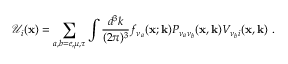
{ \mathcal { U } } _ { i } ( { \mathbf { x } } ) = \sum _ { a , b = e , \mu , \tau } \int \frac { d ^ { 3 } k } { ( 2 \pi ) ^ { 3 } } f _ { \nu _ { a } } ( { \mathbf { x ; k } } ) P _ { \nu _ { a } \nu _ { b } } ( { \mathbf { x , k } } ) V _ { \nu _ { b } i } ( \mathbf { x , k } ) ~ .